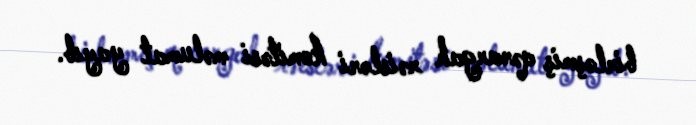
birləşmiş qərargah rəisləri komitəsi məlumat yayıb.